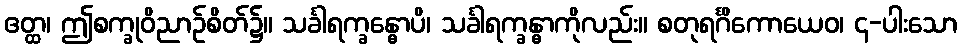
ဧတ္ထ၊ ဤစက္ခုဝိညာဉ်စိတ်၌။ သင်္ခါရက္ခန္ဓောပိ၊ သင်္ခါရက္ခန္ဓာကိုလည်း။ စတုရင်္ဂိကောယေဝ၊ ၄-ပါးသော